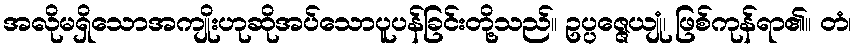
အလိုမရှိသောအကျိုးဟုဆိုအပ်သောပူပန်ခြင်းတို့သည်။ ဥပ္ပဇ္ဇေယျုံ၊ ဖြစ်ကုန်ရာ၏။ တံ၊